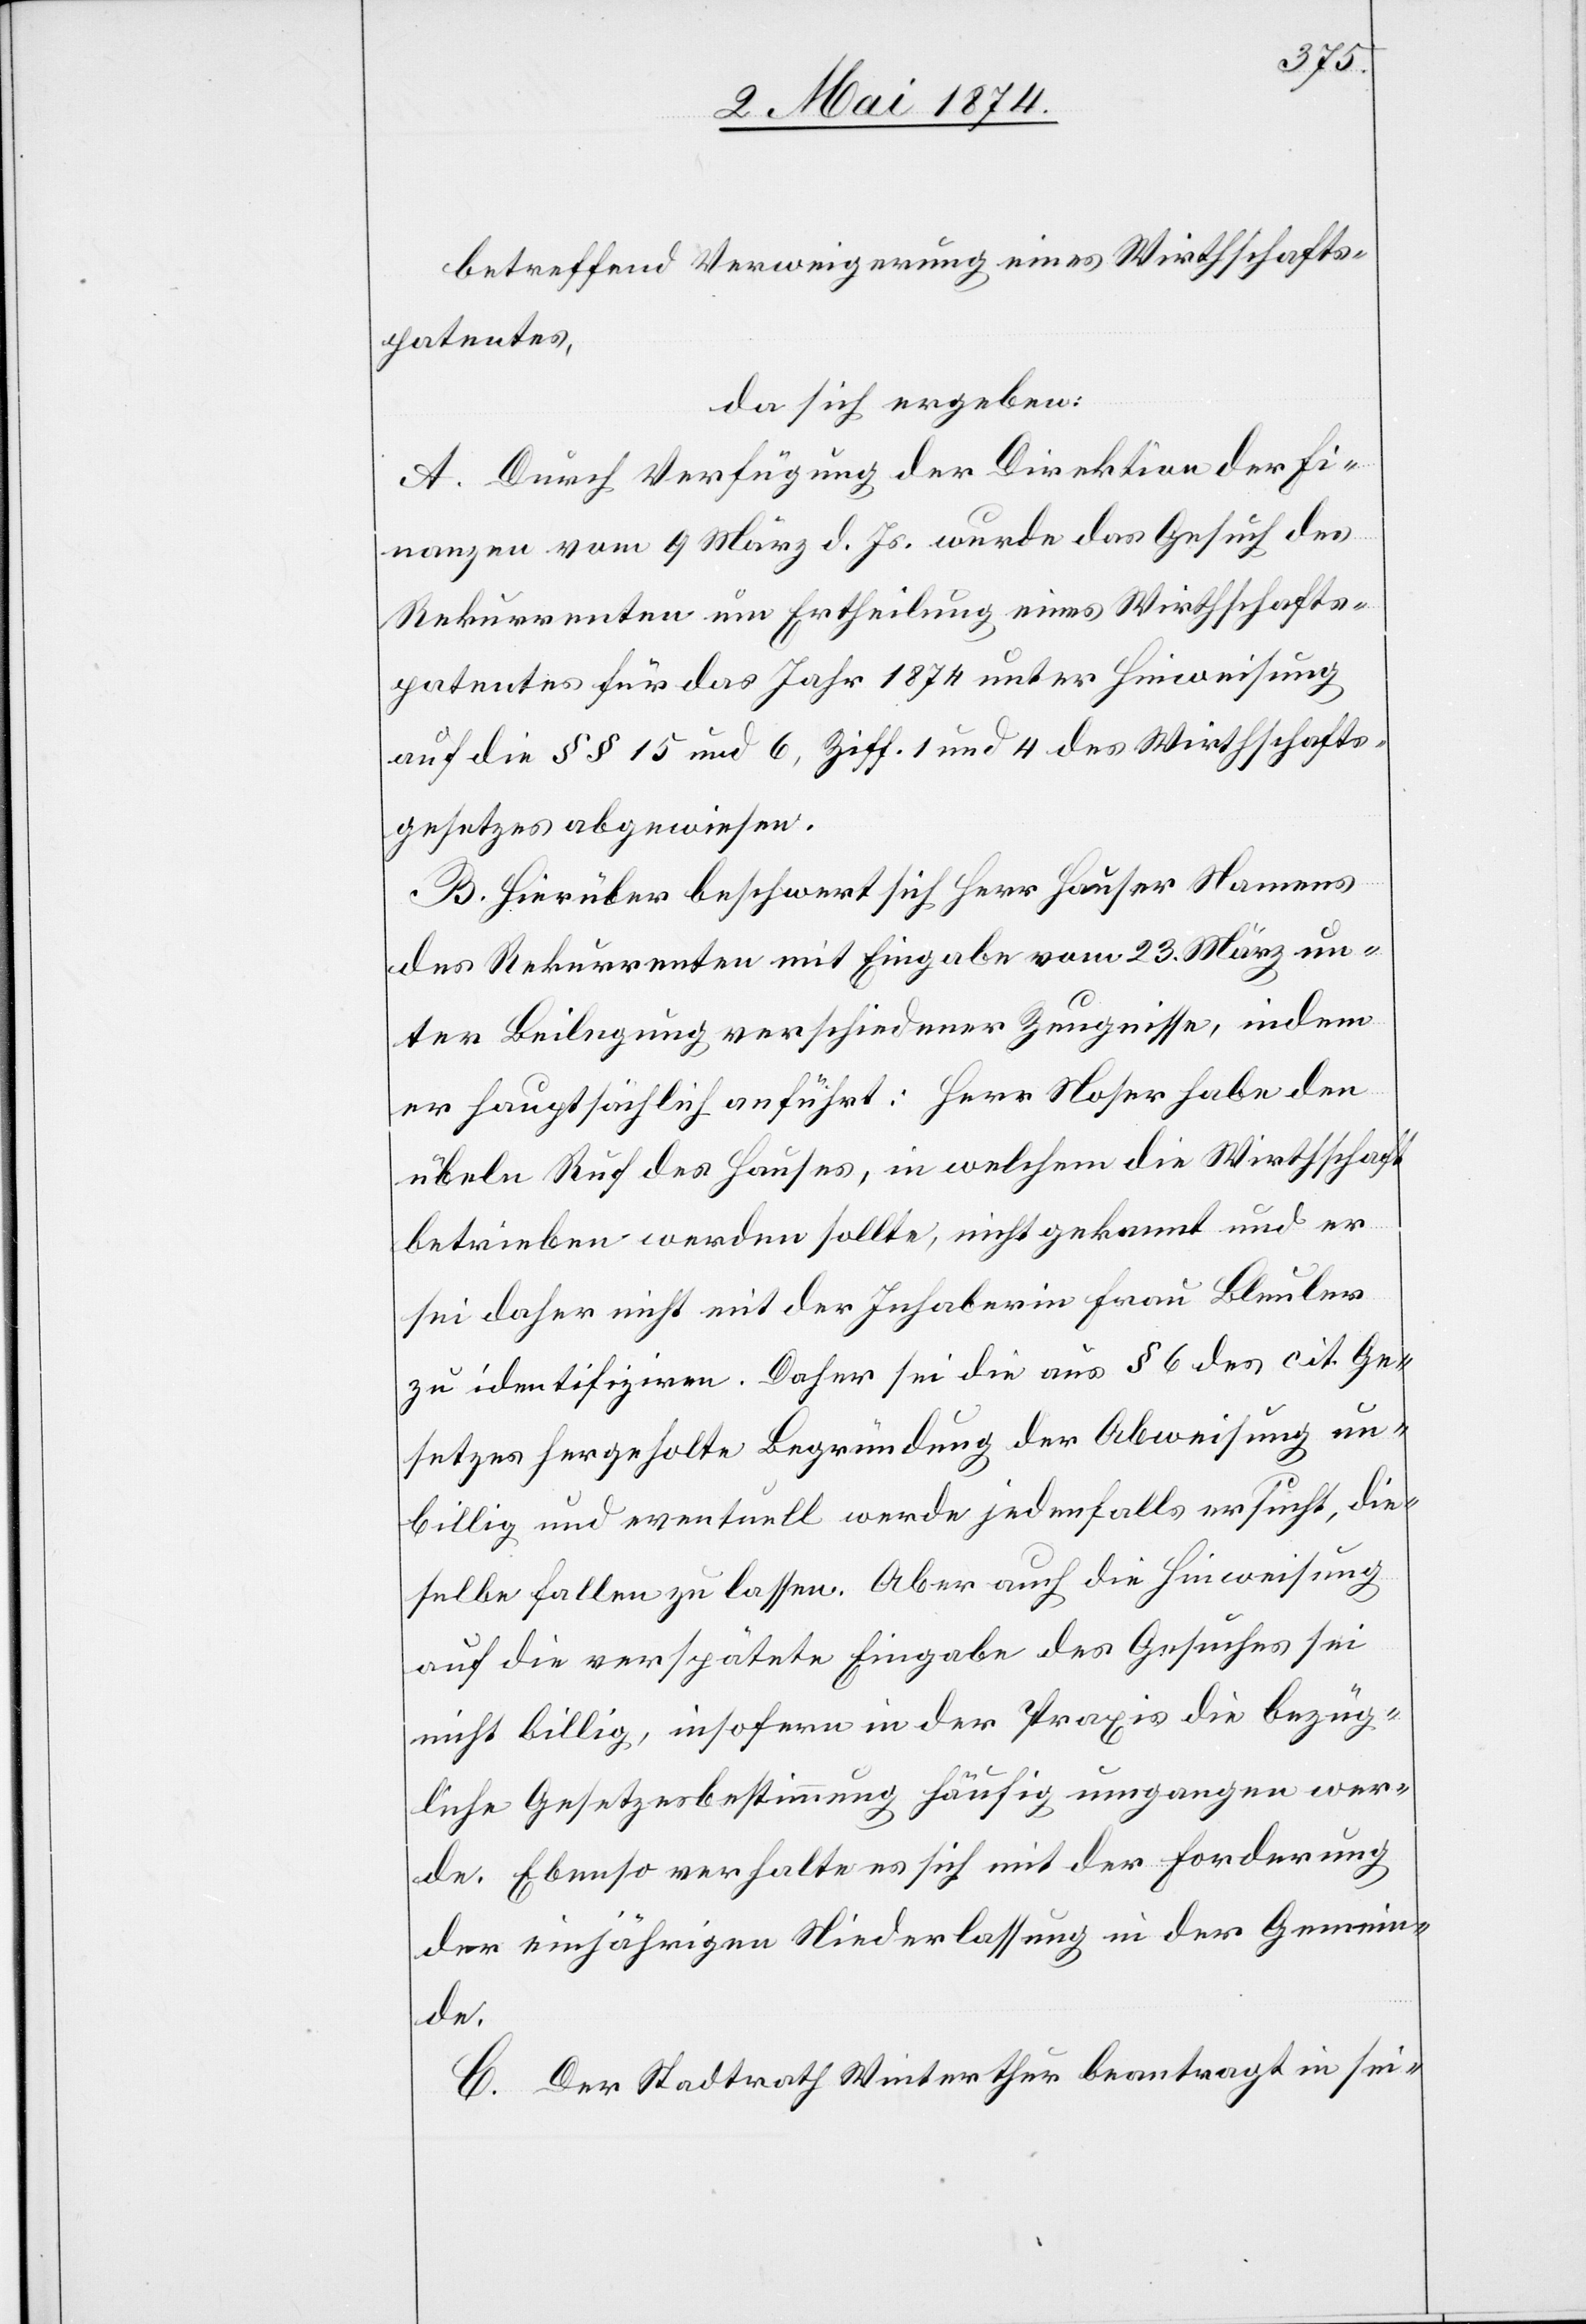
betreffend Verweigerung eines Wirthschafts¬
patentes,
da sich ergeben:
A. Durch Verfügung der Direktion der Fi¬
nanzen vom 9. März d. Js. wurde das Gesuch des
Rekurrenten um Ertheilung eines Wirthschafts¬
patentes für das Jahr 1874 unter Hinweisung
auf die §§ 15 und 6, Ziff. 1 und 4 des Wirthschafts¬
gesetzes abgewiesen.
B. Hierüber beschwert sich Herr Hauser Namens
des Rekurrenten mit Eingabe vom 23. März un¬
ter Beilegung verschiedener Zeugnisse, indem
er hauptsächlich anführt: Herr Noser habe den
übeln Ruf des Hauses, in welchem die Wirthschaft
betrieben werden sollte, nicht gekannt und er
sei daher nicht mit der Inhaberin Frau Bleuler
zu identifiziren. Daher sei die aus § 6 des cit. Ge¬
setzes hergeholte Begründung der Abweisung un¬
billig und eventuell werde jedenfalls ersucht, die¬
selbe fallen zu lassen. Aber auch die Hinweisung
auf die verspätete Eingabe des Gesuches sei
nicht billig, insofern in der Praxis die bezüg¬
liche Gesetzesbestimmung häufig umgangen wer¬
de. Ebenso verhalte es sich mit der Forderung
der einjährigen Niederlassung in der Gemein¬
de.
C. Der Stadtrath Winterthur beantragt in sei-